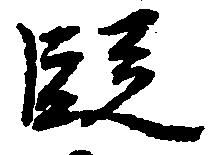
段